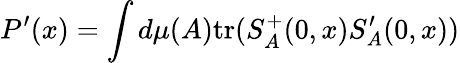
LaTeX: P^{\prime}(x)=\int d\mu(A)\mathrm{tr}(S_{A}^{+}(0,x)S_{A}^{\prime}(0,x))